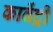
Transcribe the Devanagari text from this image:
कावेंट्री